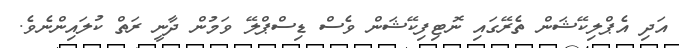
އަދި އެޕްލިކޭޝަން ތެރޭގައި ނޮޓިފިކޭޝަން ވެސް ޑިސްޕްލޭ ވަމުން ދާނީ ރަތް ކުލައިންނެވެ.